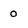
Character: 0